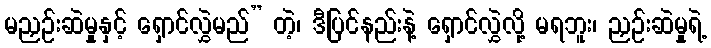
မညှဉ်းဆဲမှုနှင့် ရှောင်လွှဲမည်” တဲ့၊ ဒီပြင်နည်းနဲ့ ရှောင်လွှဲလို့ မရဘူး၊ ညှဉ်းဆဲမှုရဲ့